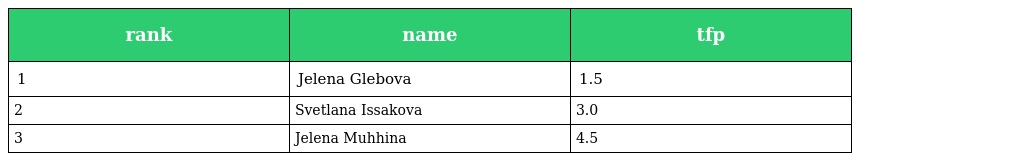
| rank | name | tfp |
 | --- | --- | --- |
 | 1 | Jelena Glebova | 1.5 |
 | 2 | Svetlana Issakova | 3.0 |
 | 3 | Jelena Muhhina | 4.5 |